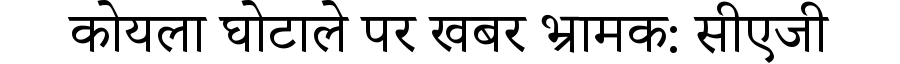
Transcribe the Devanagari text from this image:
कोयला घोटाले पर खबर भ्रामक: सीएजी